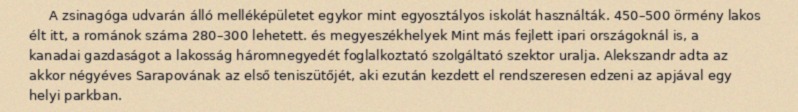
A zsinagóga udvarán álló melléképületet egykor mint egyosztályos iskolát használták. 450–500 örmény lakos élt itt, a románok száma 280–300 lehetett. és megyeszékhelyek Mint más fejlett ipari országoknál is, a kanadai gazdaságot a lakosság háromnegyedét foglalkoztató szolgáltató szektor uralja. Alekszandr adta az akkor négyéves Sarapovának az első teniszütőjét, aki ezután kezdett el rendszeresen edzeni az apjával egy helyi parkban.